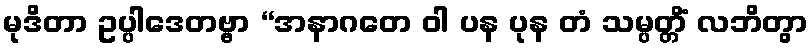
မုဒိတာ ဥပ္ပါဒေတဗ္ဗာ “အနာဂတေ ဝါ ပန ပုန တံ သမ္ပတ္တိံ လဘိတွာ